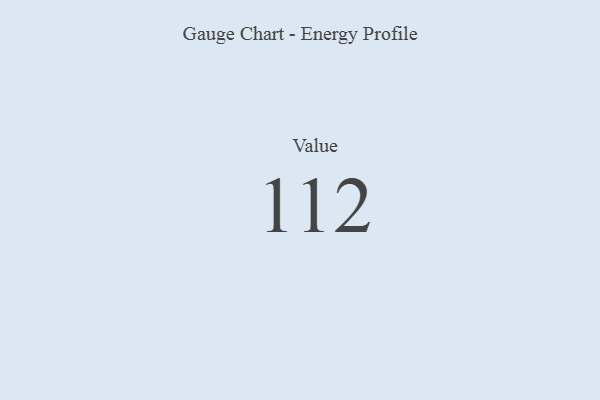
{"axis": {"x": "Metric", "y": "Value"}, "legend": [""], "data": [{"x": "Value", "y": 112, "type": ""}]}